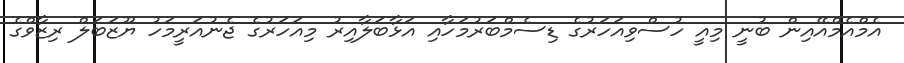
އެމްއެމްއޭއިން ބުނީ މިއީ ހުސްވިއަހަރުގެ ޑިސެމްބަރުމަހާއި އަޅާބަލާއިރު މިއަހަރުގެ ޖެނުއަރީމަހު ޔޫޒަބަލް ރިޒާވްގެ